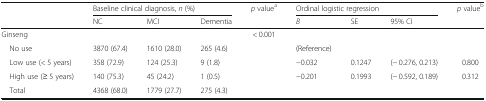
<table><thead><tr><td rowspan="2"></td><td colspan="3"><b>Baseline clinical diagnosis, <i>n</i> (%)</b></td><td><b><i>p</i> value<sup>a</sup></b></td><td colspan="3"><b>Ordinal logistic regression</b></td><td><b><i>p</i> value<sup>b</sup></b></td></tr><tr><td><b>NC</b></td><td><b>MCI</b></td><td><b>Dementia</b></td><td></td><td><b><i>B</i></b></td><td><b>SE</b></td><td><b>95% CI</b></td><td></td></tr></thead><tbody><tr><td>Ginseng</td><td></td><td></td><td></td><td>&lt; 0.001</td><td></td><td></td><td></td><td></td></tr><tr><td> No use</td><td>3870 (67.4)</td><td>1610 (28.0)</td><td>265 (4.6)</td><td></td><td>(Reference)</td><td></td><td></td><td></td></tr><tr><td> Low use (&lt; 5 years)</td><td>358 (72.9)</td><td>124 (25.3)</td><td>9 (1.8)</td><td></td><td>−0.032</td><td>0.1247</td><td>(− 0.276, 0.213)</td><td>0.800</td></tr><tr><td> High use (≥ 5 years)</td><td>140 (75.3)</td><td>45 (24.2)</td><td>1 (0.5)</td><td></td><td>−0.201</td><td>0.1993</td><td>(− 0.592, 0.189)</td><td>0.312</td></tr><tr><td> Total</td><td>4368 (68.0)</td><td>1779 (27.7)</td><td>275 (4.3)</td><td></td><td></td><td></td><td></td><td></td></tr></tbody></table>